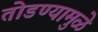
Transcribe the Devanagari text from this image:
तोडण्यामुळे